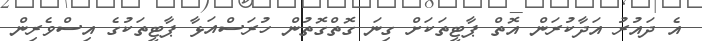
އެ ދައުރު އަދާކުރަން އޮތް ޕާޓީތަކަށް ގިނަ ގޮތްގޮތުން ހުރަސްއަޅާ ޕާޓީތަކުގެ އިސްވެރިން